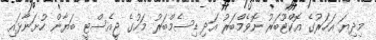
މިދިޔަ އަހަރުގެ އޮކްޓޫބަރު ނޮވެމްބަރު އަދި ޑިސެމްބަރު މަހުގެ ޖީއެސްޓީ ބަޔާން ހުށަނާޅައި